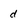
Character: d